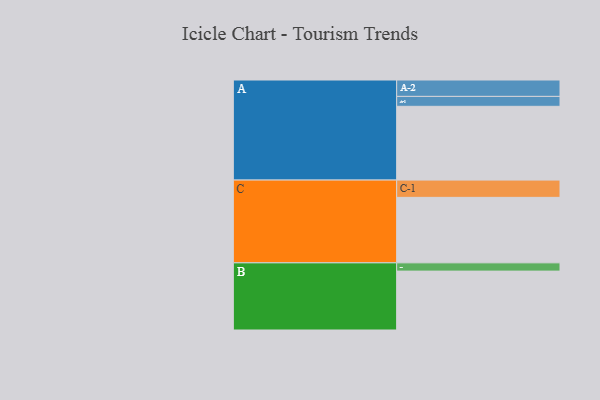
{"axis": {"x": "Segment", "y": "Value"}, "legend": ["", "A", "B", "C"], "data": [{"x": "A", "y": 580, "type": ""}, {"x": "B", "y": 463, "type": ""}, {"x": "C", "y": 515, "type": ""}, {"x": "A-1", "y": 78, "type": "A"}, {"x": "A-2", "y": 129, "type": "A"}, {"x": "B-1", "y": 65, "type": "B"}, {"x": "C-1", "y": 136, "type": "C"}]}